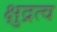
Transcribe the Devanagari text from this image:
क्षुद्रत्व